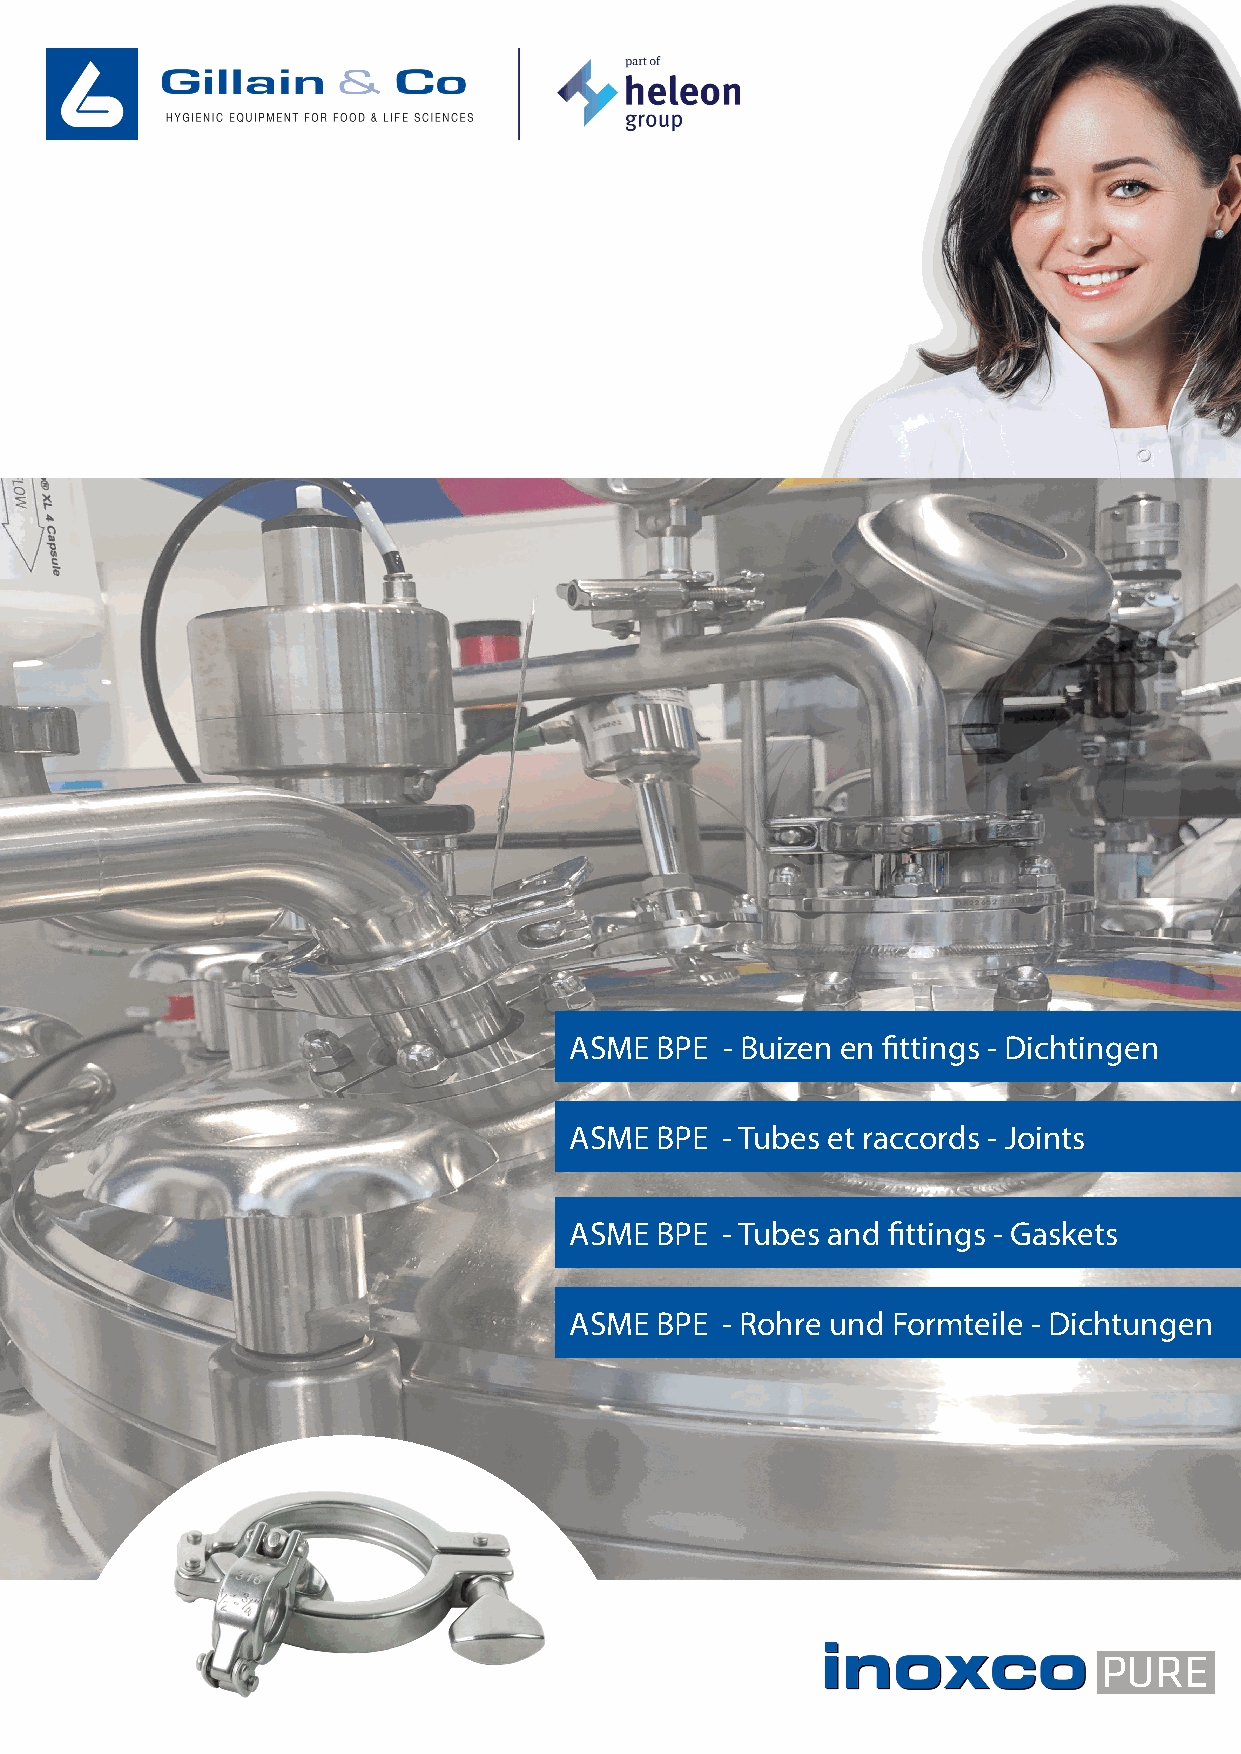
ASME BPE  - Buizen en fittings - Dichtingen
 ASME BPE  - Tubes et raccords - Joints
 ASME BPE  - Tubes and fittings - Gaskets
 ASME BPE  - Rohre und Formteile - Dichtungen
 PURE